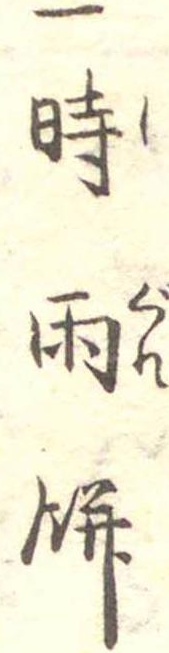
一時雨餅